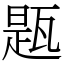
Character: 㼵